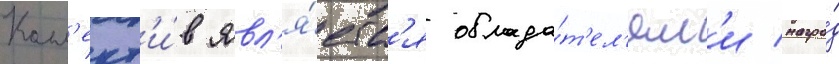
Колл'ект'и́в явл'я́етс'я облада́т'ел'ям'и награ́д